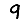
Digit: 9